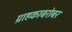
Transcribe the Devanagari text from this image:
ग्राहकाबरोबर